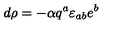
d \rho = - { \alpha } q ^ { a } \varepsilon _ { a b } e ^ { b }